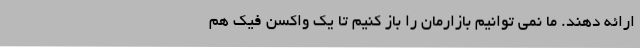
ارائه دهند. ما نمی‌ توانیم بازارمان را باز کنیم تا یک واکسن فیک هم